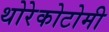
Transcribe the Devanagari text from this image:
थोरेकोटोमी